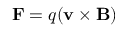
\mathbf { F } = q ( \mathbf { v } \times \mathbf { B } )